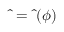
\hat { \bf \Phi } = \hat { \bf \Phi } ( \phi )